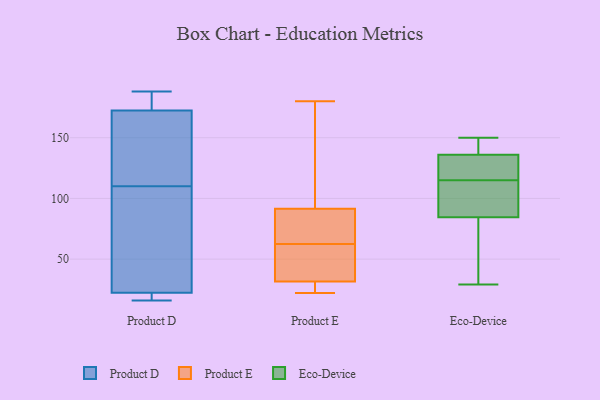
{"axis": {"x": "Revenue (USD Million)", "y": "Value"}, "legend": ["Eco-Device", "Product D", "Product E"], "data": [{"x": "", "y": 17, "type": "Product D"}, {"x": "", "y": 156, "type": "Product D"}, {"x": "", "y": 16, "type": "Product D"}, {"x": "", "y": 20, "type": "Product D"}, {"x": "", "y": 183, "type": "Product D"}, {"x": "", "y": 41, "type": "Product D"}, {"x": "", "y": 178, "type": "Product D"}, {"x": "", "y": 21, "type": "Product D"}, {"x": "", "y": 26, "type": "Product D"}, {"x": "", "y": 115, "type": "Product D"}, {"x": "", "y": 123, "type": "Product D"}, {"x": "", "y": 184, "type": "Product D"}, {"x": "", "y": 112, "type": "Product D"}, {"x": "", "y": 110, "type": "Product D"}, {"x": "", "y": 108, "type": "Product D"}, {"x": "", "y": 188, "type": "Product D"}, {"x": "", "y": 78, "type": "Product D"}, {"x": "", "y": 17, "type": "Product D"}, {"x": "", "y": 186, "type": "Product D"}, {"x": "", "y": 22, "type": "Product E"}, {"x": "", "y": 24, "type": "Product E"}, {"x": "", "y": 80, "type": "Product E"}, {"x": "", "y": 164, "type": "Product E"}, {"x": "", "y": 102, "type": "Product E"}, {"x": "", "y": 68, "type": "Product E"}, {"x": "", "y": 36, "type": "Product E"}, {"x": "", "y": 34, "type": "Product E"}, {"x": "", "y": 81, "type": "Product E"}, {"x": "", "y": 29, "type": "Product E"}, {"x": "", "y": 57, "type": "Product E"}, {"x": "", "y": 180, "type": "Product E"}, {"x": "", "y": 123, "type": "Eco-Device"}, {"x": "", "y": 94, "type": "Eco-Device"}, {"x": "", "y": 29, "type": "Eco-Device"}, {"x": "", "y": 139, "type": "Eco-Device"}, {"x": "", "y": 149, "type": "Eco-Device"}, {"x": "", "y": 103, "type": "Eco-Device"}, {"x": "", "y": 126, "type": "Eco-Device"}, {"x": "", "y": 107, "type": "Eco-Device"}, {"x": "", "y": 150, "type": "Eco-Device"}, {"x": "", "y": 62, "type": "Eco-Device"}, {"x": "", "y": 75, "type": "Eco-Device"}, {"x": "", "y": 133, "type": "Eco-Device"}]}